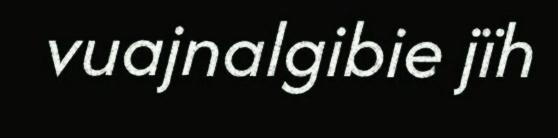
vuajnalgibie jïh